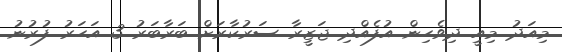
މިއަދު މިއީ ދިވެހިން އުފެއްދި ޖަޒީރާ ސަރުކާރަށް ބަރާބަރު 3 އަހަރު ފުރުނު